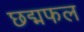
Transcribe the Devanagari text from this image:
छद्मफल